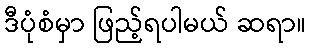
ဒီပုံစံမှာ ဖြည့်ရပါမယ် ဆရာ။